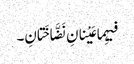
فیہِما عَیْنانِ نَضَّاخَتانِ۔